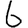
Digit: 6